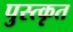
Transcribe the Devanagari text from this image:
पुस्त्कृत